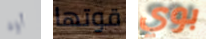
أوه قوتها بوي